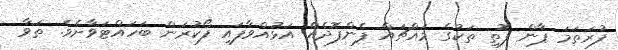
ފުރަތަމަ ޕާން ފޮތި ތަކުގެ މައްޗައް ފެންފޮދެއް އަޅުއްވާފައި ފޯކުރަން ބަހައްޓަވާށެވެ. ތަވާ